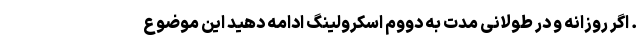
. اگر روزانه و در طولانی مدت به دووم اسکرولینگ ادامه دهید این موضوع